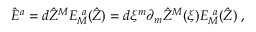
\hat { E } ^ { { a } } = d \hat { Z } ^ { { M } } E _ { { M } } ^ { ~ { a } } ( \hat { Z } ) = d \xi ^ { m } \partial _ { m } \hat { Z } ^ { { M } } ( \xi ) E _ { { M } } ^ { ~ { a } } ( \hat { Z } ) \; ,